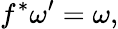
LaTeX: f^{*}\omega^{\prime}=\omega,